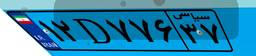
۲۷D۳۱۳۴۲